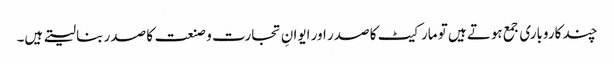
چند کاروباری جمع ہوتے ہیں تو مارکیٹ کا صدر اور ایوانِ تجارت و صنعت کا صدر بنا لیتے ہیں۔